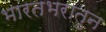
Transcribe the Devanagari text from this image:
भारतभरातुन